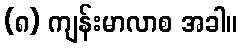
(၈) ကျန်းမာလာစ အခါ။